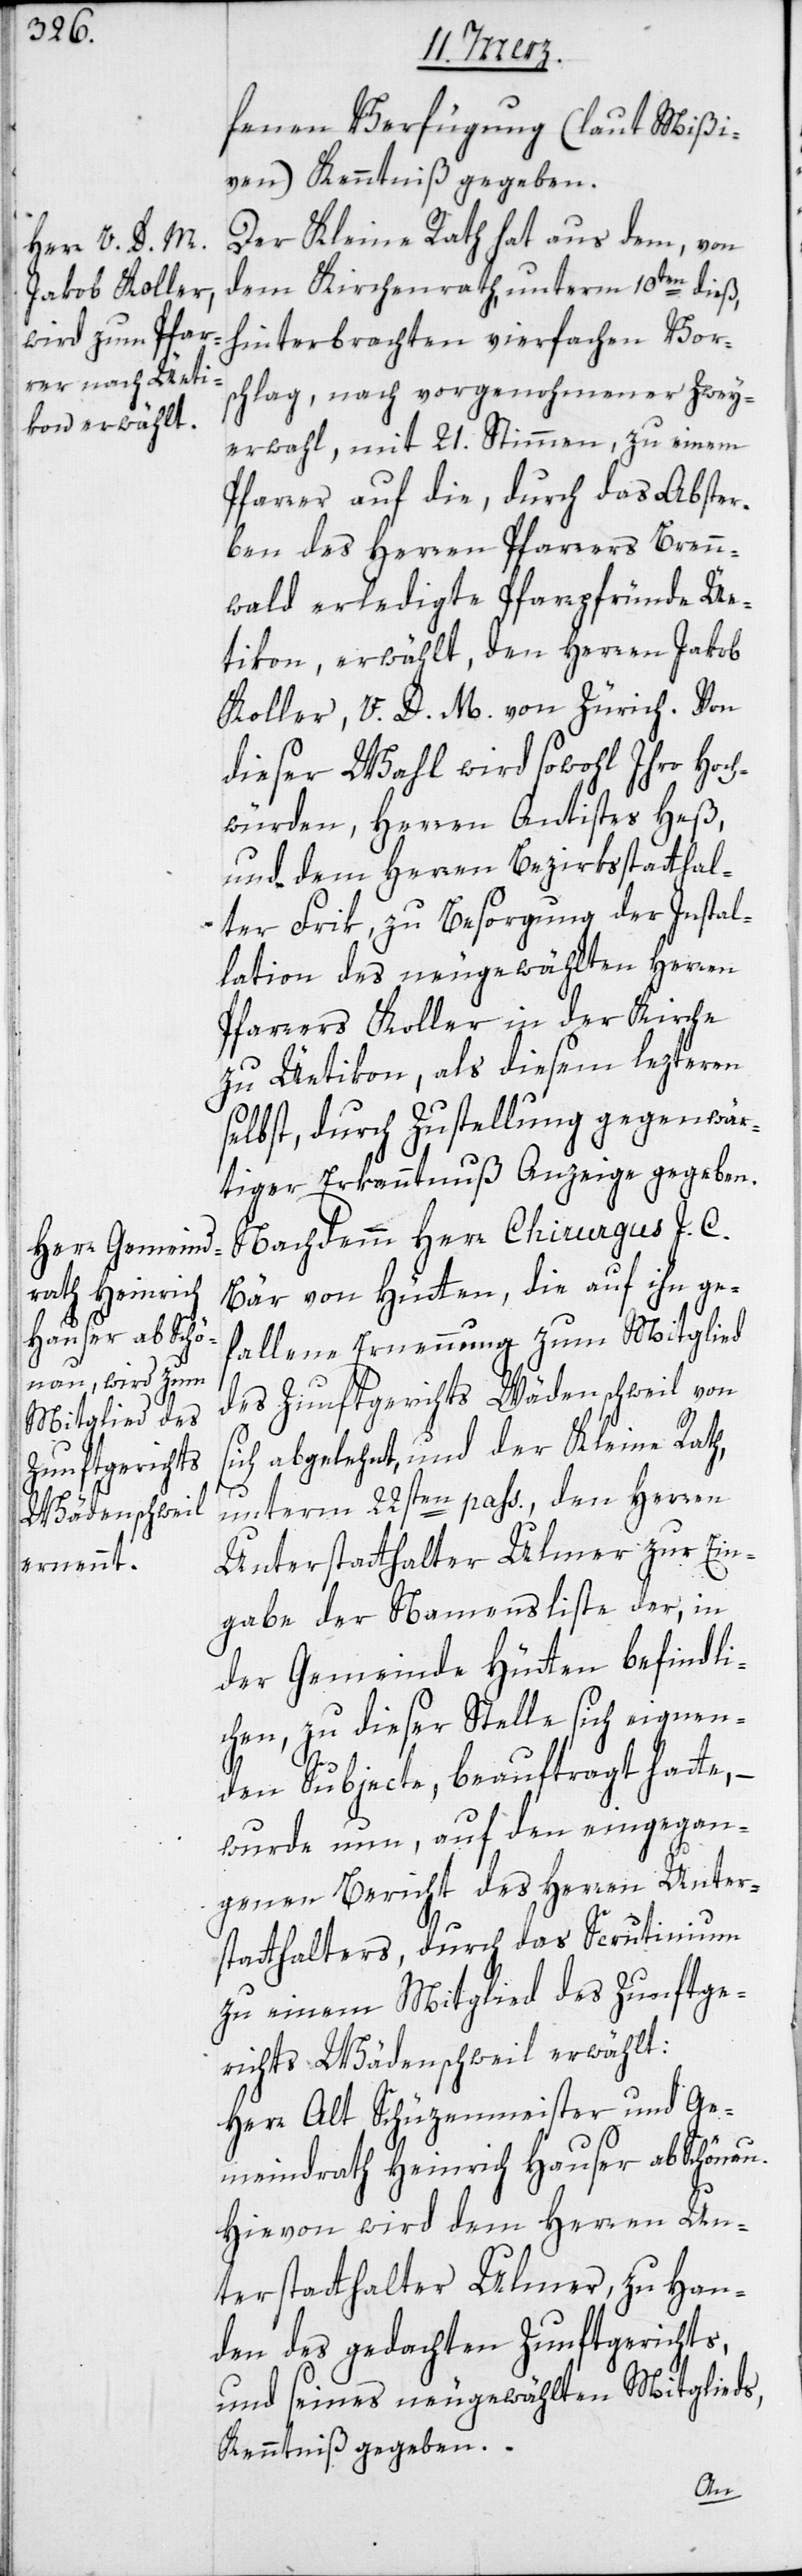
fenen Verfügung (laut Mißi¬
ven) Kenntniß gegeben.
Der Kleine Rath hat aus dem, von
dem Kirchenrath, unterm 10ten dieß,
hinterbrachten vierfachen Vor¬
schlag, nach vorgenohmener Zwey¬
erwahl, mit 21. Stimmen, zu einem
Pfarrer auf die, durch das Abster¬
ben des Herren Pfarrers Brenn¬
wald erledigte Pfarrpfründe Üe¬
tikon, erwählt, den Herren Jakob
Koller, V. D. M. von Zürich. Von
dieser Wahl wird sowohl Ihro Hoch¬
würden, Herren Antistes Heß,
und dem Herren Bezirksstatthal¬
ter Frik zu Besorgung der Instal¬
lation des neugewählten Herren
Pfarrers Koller in der Kirche
zu Üetikon, als diesem lezteren
selbst, durch Zustellung gegenwär¬
tiger Erkanntnuß Anzeige gegeben.
Nachdemm Herr Chirurgus J. C.
Bär von Hütten, die auf ihn ge¬
fallene Ernennung zum Mitglied
des Zunftgerichts Wädenschweil von
ich abgelehnt, und der Kleine Rath,
unterm 22sten pass., den Herren
Unterstatthalter Ulmer zur Ein¬
gabe der Namensliste der, in
der Gemeinde Hütten befindli¬
chen, zu dieser Stelle sich eignen¬
den Subjecte, beauftragt hatte, –
wurde nun, auf den eingegan¬
genen Bericht des Herren Unter¬
statthalters, durch das Scrutinium
zu einem Mitglied des Zunftge¬
richts Wädenschweil erwählt:
Herr Alt Schüzenmeister und Ge¬
meindrath Heinrich Hauser ab
Hievon wird dem Herren Un¬
terstatthalter Ulmer, zu Han¬
den des gedachten Zunftgerichts,
und seines neugewählten Mitglieds,
Kenntniß gegeben.
s¬